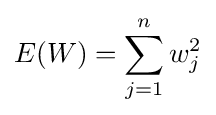
E(W)=\sum _{j=1}^{n}w_{j}^{2}